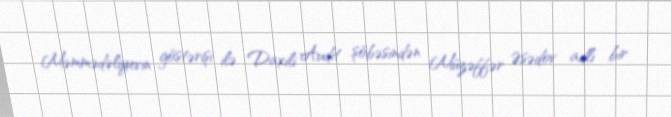
Məmmədəliyevin göstərişi ilə Daxili Audit şöbəsindən Müzəffər Əsədov adlı bir